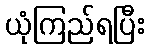
ယုံကြည်ရပြီး